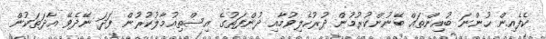
ކެފެއިން ހުންނަ ބުއިންތައް ބޭނުންކުރުމުން ދުރުހެލިވުމާއި ދުންފަތުގެ އިސްތިއުމާލުކުރުން ފަދަ ނޭދެވޭ އާދަތަކުން